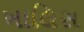
ખાલિસ